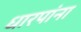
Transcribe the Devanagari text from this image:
धारपांना